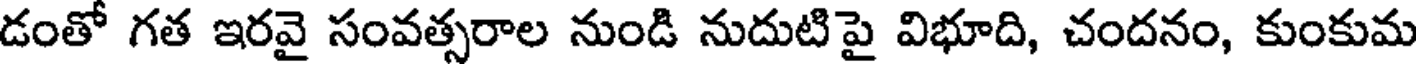
డంతో గత ఇరవై సంవత్సరాల నుండి నుదుటిపై విభూది, చందనం, కుంకుమ